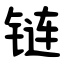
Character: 链